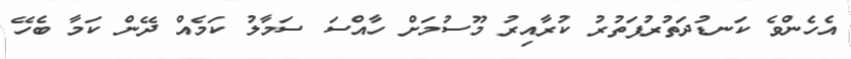
އެހެންވެ ކަނޑުދަތުރުފަތުރު ކުރާއިރު މޫސުމަށް ހާއްސަ ސަމާލު ކަމެއް ދޭން ކަމާ ބެހޭ